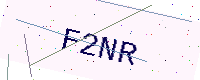
Text: F2NR